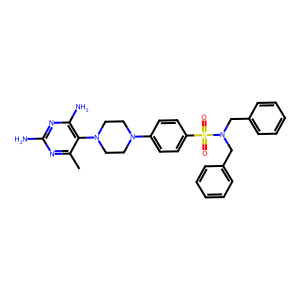
SMILES: Cc1nc(N)nc(N)c1N1CCN(c2ccc(S(=O)(=O)N(Cc3ccccc3)Cc3ccccc3)cc2)CC1
Inhibits HIV replication: No